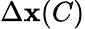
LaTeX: \Delta\mathbf{x}(C)